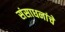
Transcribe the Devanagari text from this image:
संसाधनांचे